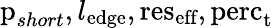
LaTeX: \textrm{p}_{short},l_{\textrm{edge}},\textrm{res}_{\textrm{eff}},\textrm{perc}_{\textrm{t}}